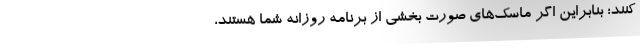
کنند؛ بنابراین اگر ماسک‌های صورت بخشی از برنامه روزانه شما هستند،